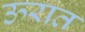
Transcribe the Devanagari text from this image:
ऊरात